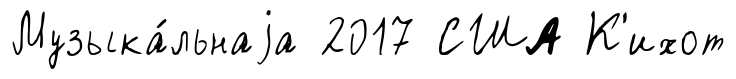
Музыка́льнаjа 2017 США К'ихот